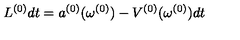
L ^ { ( 0 ) } d t = a ^ { ( 0 ) } ( \omega ^ { ( 0 ) } ) - V ^ { ( 0 ) } ( \omega ^ { ( 0 ) } ) d t